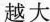
越大